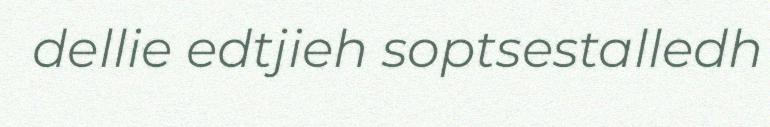
dellie edtjieh soptsestalledh